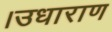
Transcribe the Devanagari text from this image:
।उधाराण